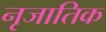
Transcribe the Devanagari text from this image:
नृजातिक